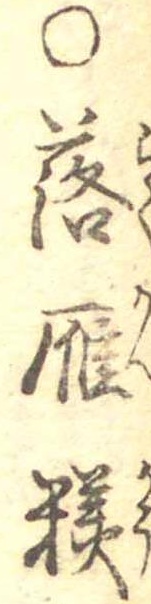
○落雁糕